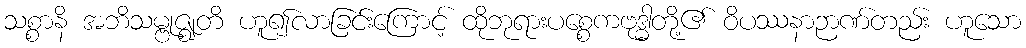
သစ္စာနိ အဘိသမ္ဗုဇ္ဈတိ ဟူ၍လာခြင်းကြောင့် ထိုဘုရားပစ္စေကဗုဒ္ဓါတို့၏ ဝိပဿနာဉာဏ်တည်း ဟူသော